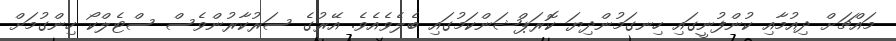
މައްޗަށް ދިއުމާއި ކުންފުނީގައި ހިނގަމުންދިޔަ ކޮރަޕްޝަންކަމުގައި ބެލެވެއެވެ. އޭރުގެ ސަރުކާރުންވެސް ސްޓެލްކޯ ހިންގުމަށް